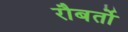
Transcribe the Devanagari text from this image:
रौबर्तो